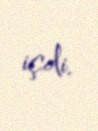
içdi.